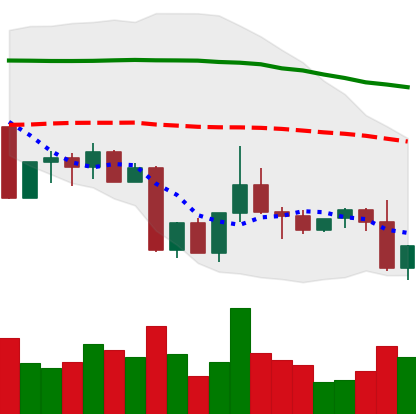
Ticker: TRX-USD
Chart end date: 2022-09-07
Forward return: 3.242%
Label: up_3_5